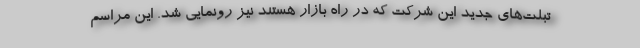
تبلت‌های جدید این شرکت که در راه بازار هستند نیز رونمایی شد. این مراسم